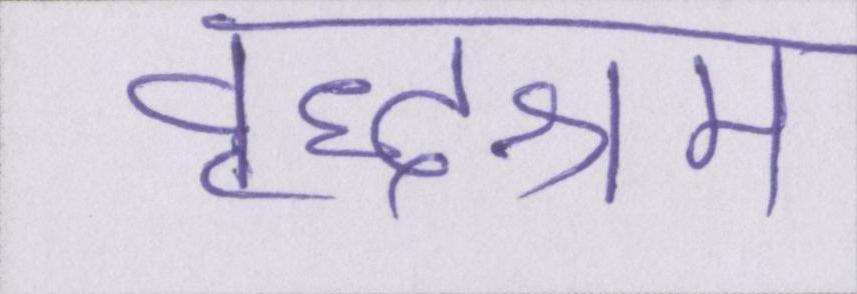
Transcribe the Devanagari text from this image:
वृद्धाश्रम